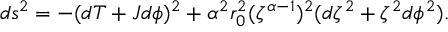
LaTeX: d s ^ { 2 } = - ( d T + J d \phi ) ^ { 2 } + \alpha ^ { 2 } r _ { 0 } ^ { 2 } ( \zeta ^ { \alpha - 1 } ) ^ { 2 } ( d \zeta ^ { 2 } + \zeta ^ { 2 } d \phi ^ { 2 } ) .